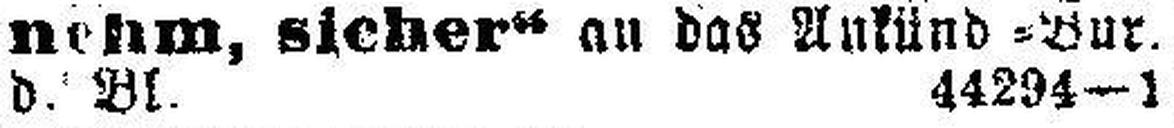
d. Bl. 44294—1